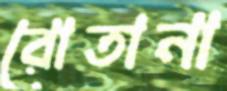
রোতানা